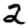
Digit: 2